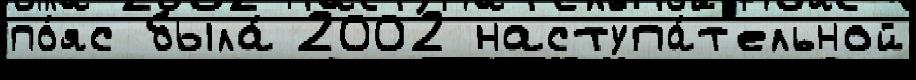
по́яс была́ 2002 наступа́т'ельной